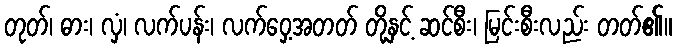
တုတ်၊ ဓား၊ လှံ၊ လက်ပန်း၊ လက်ဝှေ့အတတ် တို့နှင့် ဆင်စီး၊ မြင်းစီးလည်း တတ်၏။